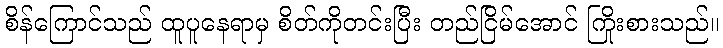
စိန်ကြောင်သည် ထူပူနေရာမှ စိတ်ကိုတင်းပြီး တည်ငြိမ်အောင် ကြိုးစားသည်။